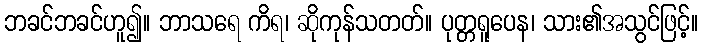
ဘခင်ဘခင်ဟူ၍။ ဘာသရေ ကိရ၊ ဆိုကုန်သတတ်။ ပုတ္တရူပေန၊ သား၏အသွင်ဖြင့်။